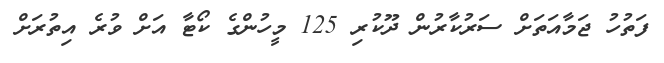
ފަތުހު ޖަމާއަތަށް ސަރުކާރުން ދޫކުރި 125 މީހުންގެ ކޯޓާ އަށް ވުރެ އިތުރަށް